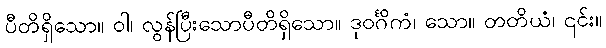
ပီတိရှိသော။ ဝါ၊ လွန်ပြီးသောပီတိရှိသော။ ဒုဝင်္ဂိကံ၊ သော။ တတိယံ၊ ၎င်း။